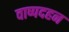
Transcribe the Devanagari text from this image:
वाष्पदहन